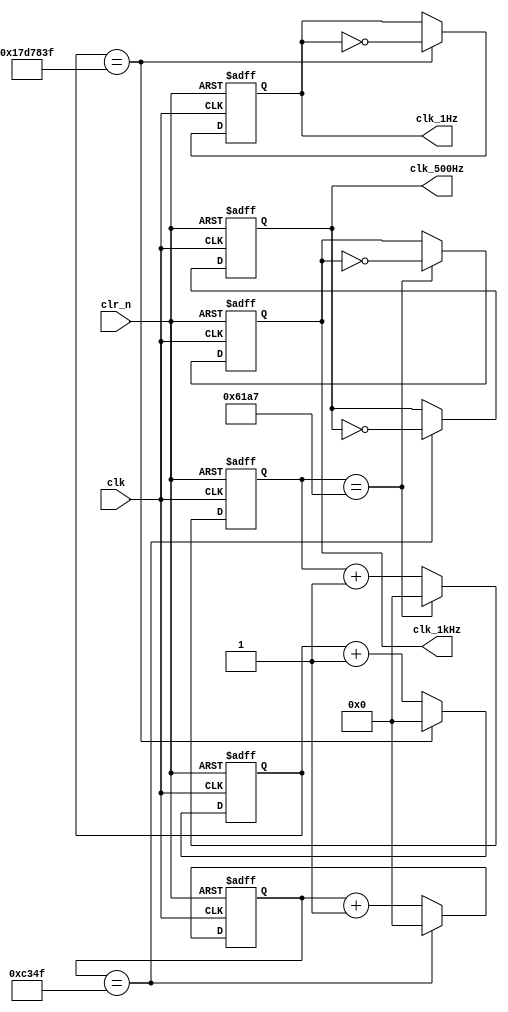
/*
    frequency divide circuit
    50 MHz signal to 1Hz, 500Hz and 1kHz signal
*/
module mult_freq_div
(
    input       clk,        // 50MHz clock input
    input       clr_n,      // clear signal
    output reg  clk_1Hz,    // 1Hz outout
    output reg  clk_500Hz,  // 500Hz output
    output reg  clk_1kHz    // 1kHz output
);

    reg [25:0] clk_cnt_1;     // 26-bit counter
    reg [25:0] clk_cnt_2;     // 26-bit counter
    reg [25:0] clk_cnt_3;     // 26-bit counter
    always @(posedge clk or negedge clr_n)
    begin
        if (~clr_n)
        // set zero
        begin
            clk_cnt_1   <= 0;
            clk_cnt_2   <= 0;
            clk_cnt_3   <= 0;
            clk_1Hz     <= 0;
            clk_500Hz   <= 0;
            clk_1kHz    <= 0;
        end
        else
        begin
            if (clk_cnt_1 == 'd24_999_999)
            // 25M posedge, reset counter, output flip
            begin
                clk_cnt_1   <= 'b0;
                clk_1Hz     <= ~clk_1Hz;
            end
            else
                // counter ++
                clk_cnt_1 <= clk_cnt_1 + 1;


            if (clk_cnt_2 == 'd49999)
            begin
                clk_cnt_2   <= 'b0;
                clk_500Hz   <= ~clk_500Hz;
            end
            else
                // counter ++
                clk_cnt_2 <= clk_cnt_2 + 1;


            if (clk_cnt_3 == 'd24999)
            begin
                clk_cnt_3   <= 'b0;
                clk_1kHz    <= ~clk_1kHz;
            end
            else
                // counter ++
                clk_cnt_3 <= clk_cnt_3 + 1;

        end

    end

endmodule